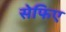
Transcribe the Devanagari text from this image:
सेफिए